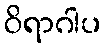
ဝိရာဂါပ